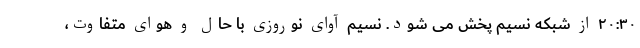
۲۰:۳۰ از شبکه نسیم پخش می شود. نسیم آوای نوروزی با حال و هوای متفاوت،